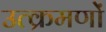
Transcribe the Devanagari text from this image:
उत्क्रमणों